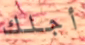
أجلك